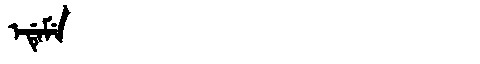
Manchu: ᡝᡩᡝᠮᡝ
Romanization: EDEME